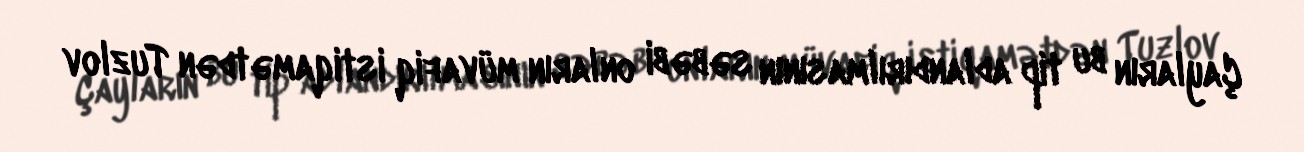
Çayların bu tip adlandırılmasının səbəbi onların müvafiq istiqamətdən Tuzlov